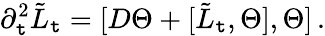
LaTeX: \partial_{\mathtt{t}}^{2}\tilde{{L}}_{\mathtt{t}}=[D\Theta+[\tilde{{L}}_{\mathtt{t}},\Theta],\Theta]\, .